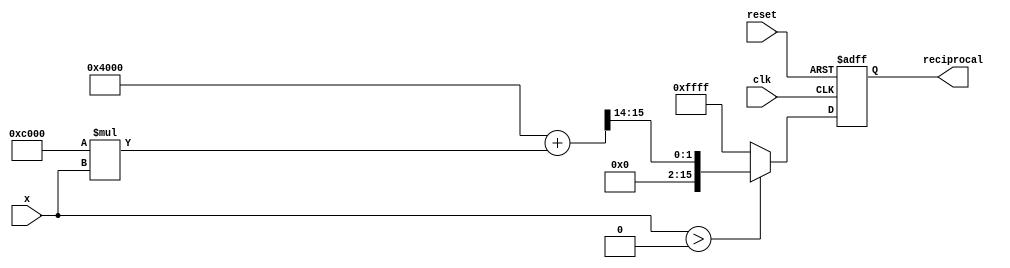
module Polynomial_Approximation_Reciprocal #(
    parameter WIDTH = 16,         // Width of input/output
    parameter COEFF_0 = 16'h4000, // Coefficient c_0 (1.0 in fixed-point)
    parameter COEFF_1 = 16'hC000  // Coefficient c_1 (-1.0 in fixed-point)
)(
    input  wire [WIDTH-1:0] x,        // Input value (should be > 0)
    output reg  [WIDTH-1:0] reciprocal, // Output reciprocal
    input  wire clk,                   // Clock signal
    input  wire reset                  // Reset signal
);

    reg valid_input;
    
    always @(posedge clk or posedge reset) begin
        if (reset) begin
            reciprocal <= {WIDTH{1'b0}}; // Reset output
            valid_input <= 1'b0;
        end else begin
            if (x > 0) begin
                valid_input <= 1'b1;
                // Polynomial approximation using Horner's method
                // R(x) = c_0 + c_1 * x
                reciprocal <= (COEFF_0 + COEFF_1 * x) >>> 14; // Scale down by 2^14 for fixed-point
            end else begin
                valid_input <= 1'b0;
                reciprocal <= {WIDTH{1'b1}}; // Error value (e.g., all ones for invalid input)
            end
        end
    end
    
endmodule